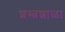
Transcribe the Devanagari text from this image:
शस्त्रशाळा